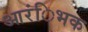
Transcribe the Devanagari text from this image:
आरंिभक